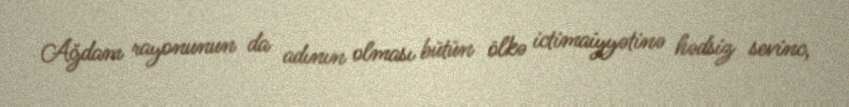
Ağdam rayonunun da adının olması bütün ölkə ictimaiyyətinə hədsiz sevinc,